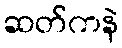
ဆတ်ကနဲ